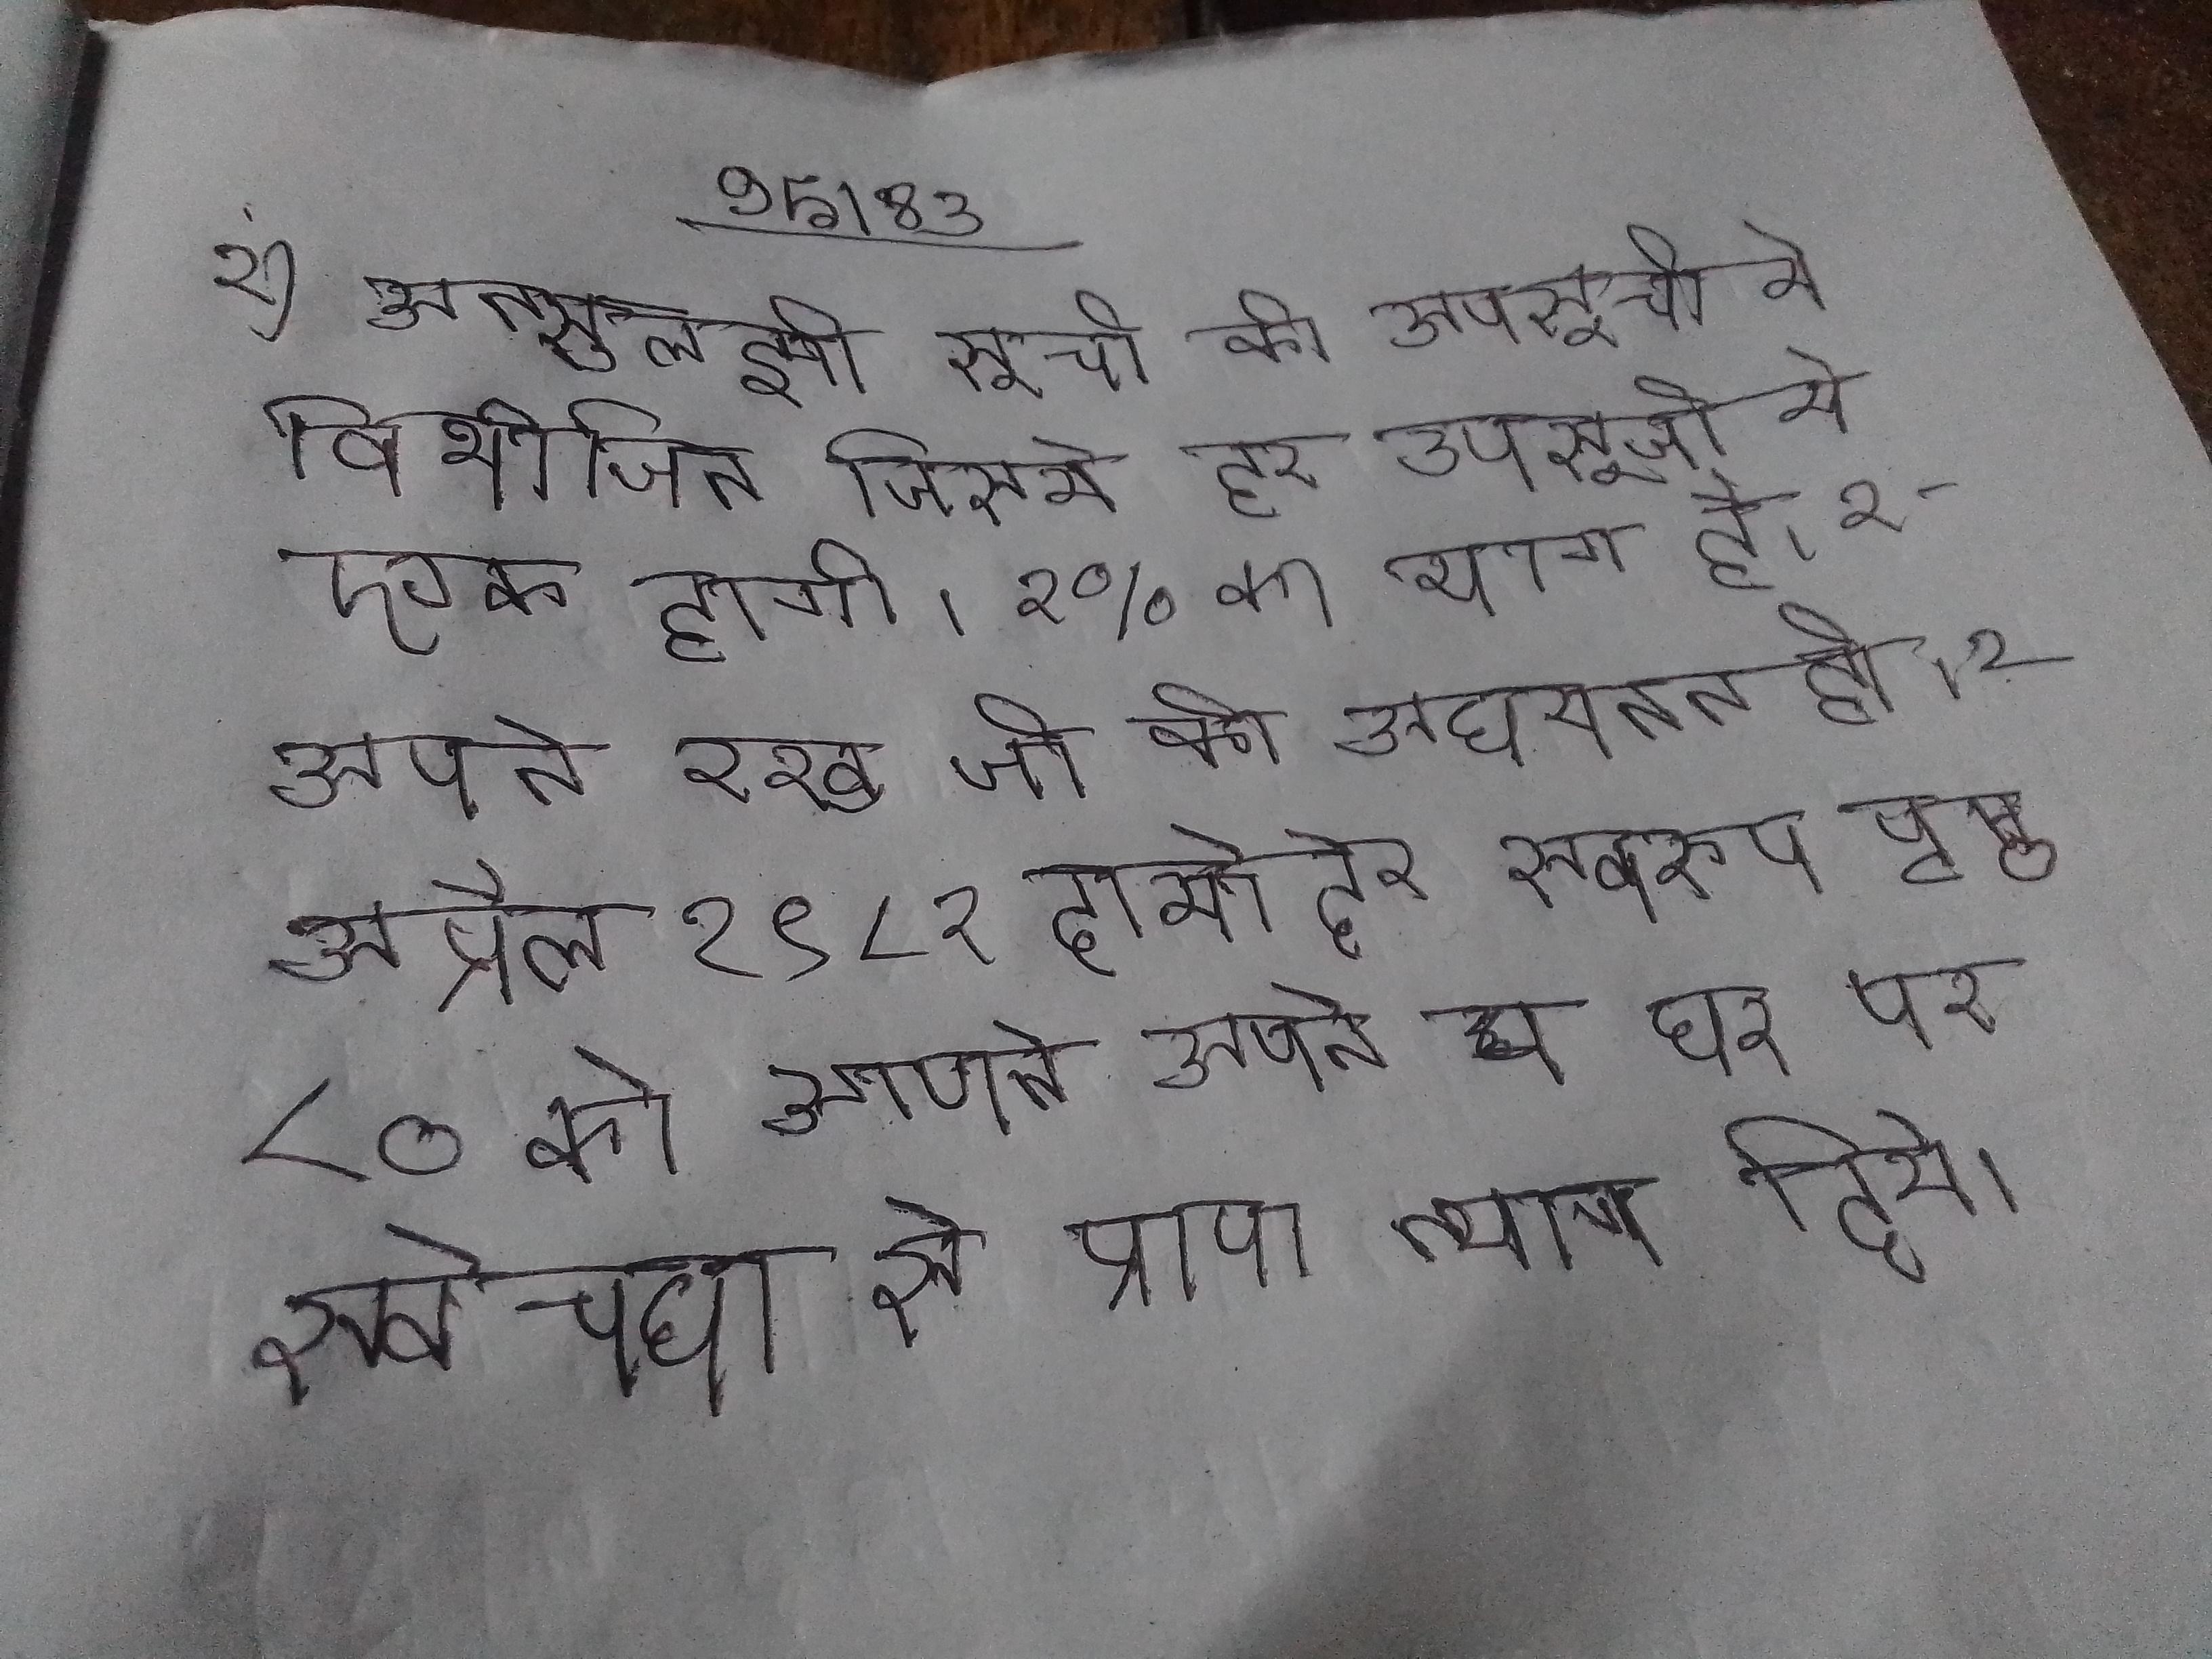
२) अनसुलझी सूची को उपसूची मे विभाजित जिसमे हर उपसूची मे एक होगी । २% का भाग है । २- अपने रखे जो की अधयतन हो । २ अप्रैल १९८२ दामोदर स्वरूप पृष्ठ ८० को आपने अपने घर पर स्वेच्छा से प्राण त्याग दिये ।